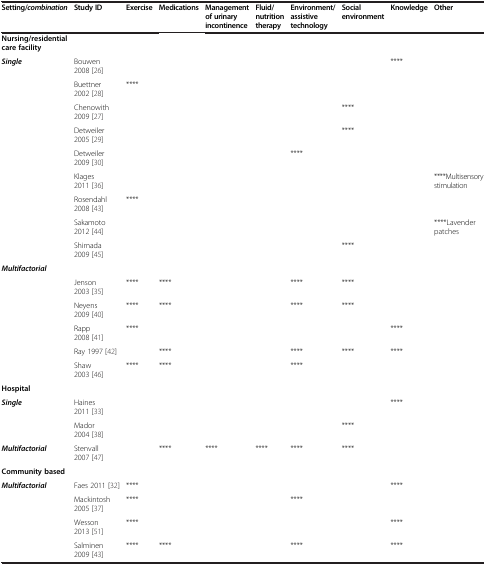
<table><thead><tr><td><b>Setting/<i>combination</i></b></td><td><b>Study ID</b></td><td><b>Exercise</b></td><td><b>Medications</b></td><td><b>Management of urinary incontinence</b></td><td><b>Fluid/nutrition therapy</b></td><td><b>Environment/assistive technology</b></td><td><b>Social environment</b></td><td><b>Knowledge</b></td><td><b>Other</b></td></tr></thead><tbody><tr><td><b>Nursing/residential care facility</b></td><td> </td><td> </td><td> </td><td> </td><td> </td><td> </td><td> </td><td> </td><td> </td></tr><tr><td><b><i>Single</i></b></td><td>Bouwen 2008 [26]</td><td> </td><td> </td><td> </td><td> </td><td> </td><td> </td><td>****</td><td> </td></tr><tr><td> </td><td>Buettner 2002 [28]</td><td>****</td><td> </td><td> </td><td> </td><td> </td><td> </td><td> </td><td> </td></tr><tr><td> </td><td>Chenowith 2009 [27]</td><td> </td><td> </td><td> </td><td> </td><td> </td><td>****</td><td> </td><td> </td></tr><tr><td> </td><td>Detweiler 2005 [29]</td><td> </td><td> </td><td> </td><td> </td><td> </td><td>****</td><td> </td><td> </td></tr><tr><td> </td><td>Detweiler 2009 [30]</td><td> </td><td> </td><td> </td><td> </td><td>****</td><td> </td><td> </td><td> </td></tr><tr><td> </td><td>Klages 2011 [36]</td><td> </td><td> </td><td> </td><td> </td><td> </td><td> </td><td> </td><td>****Multisensory stimulation</td></tr><tr><td> </td><td>Rosendahl 2008 [43]</td><td>****</td><td> </td><td> </td><td> </td><td> </td><td> </td><td> </td><td> </td></tr><tr><td> </td><td>Sakamoto 2012 [44]</td><td> </td><td> </td><td> </td><td> </td><td> </td><td> </td><td> </td><td>****Lavender patches</td></tr><tr><td> </td><td>Shimada 2009 [45]</td><td> </td><td> </td><td> </td><td> </td><td> </td><td>****</td><td> </td><td> </td></tr><tr><td><b><i>Multifactorial</i></b></td><td> </td><td> </td><td> </td><td> </td><td> </td><td> </td><td> </td><td> </td><td> </td></tr><tr><td> </td><td>Jenson 2003 [35]</td><td>****</td><td>****</td><td> </td><td> </td><td>****</td><td>****</td><td> </td><td> </td></tr><tr><td> </td><td>Neyens 2009 [40]</td><td>****</td><td>****</td><td> </td><td> </td><td>****</td><td>****</td><td> </td><td> </td></tr><tr><td> </td><td>Rapp 2008 [41]</td><td>****</td><td> </td><td> </td><td> </td><td> </td><td> </td><td>****</td><td> </td></tr><tr><td> </td><td>Ray 1997 [42]</td><td> </td><td>****</td><td> </td><td> </td><td>****</td><td>****</td><td>****</td><td> </td></tr><tr><td> </td><td>Shaw 2003 [46]</td><td>****</td><td>****</td><td> </td><td> </td><td>****</td><td> </td><td> </td><td> </td></tr><tr><td><b>Hospital</b></td><td> </td><td> </td><td> </td><td> </td><td> </td><td> </td><td> </td><td> </td><td> </td></tr><tr><td><b><i>Single</i></b></td><td>Haines 2011 [33]</td><td> </td><td> </td><td> </td><td> </td><td> </td><td> </td><td>****</td><td> </td></tr><tr><td> </td><td>Mador 2004 [38]</td><td> </td><td> </td><td> </td><td> </td><td> </td><td>****</td><td> </td><td> </td></tr><tr><td><b><i>Multifactorial</i></b></td><td>Stenvall 2007 [47]</td><td> </td><td>****</td><td>****</td><td>****</td><td>****</td><td>****</td><td> </td><td> </td></tr><tr><td><b>Community based</b></td><td> </td><td> </td><td> </td><td> </td><td> </td><td> </td><td> </td><td> </td><td> </td></tr><tr><td><b><i>Multifactorial</i></b></td><td>Faes 2011 [32]</td><td>****</td><td> </td><td> </td><td> </td><td> </td><td> </td><td>****</td><td> </td></tr><tr><td> </td><td>Mackintosh 2005 [37]</td><td>****</td><td> </td><td> </td><td> </td><td>****</td><td> </td><td> </td><td> </td></tr><tr><td> </td><td>Wesson 2013 [51]</td><td>****</td><td> </td><td> </td><td> </td><td> </td><td> </td><td>****</td><td> </td></tr><tr><td> </td><td>Salminen 2009 [43]</td><td>****</td><td>****</td><td> </td><td> </td><td>****</td><td> </td><td>****</td><td> </td></tr></tbody></table>